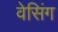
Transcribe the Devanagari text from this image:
वेसिंग